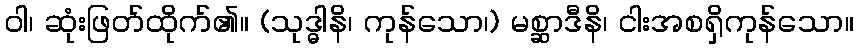
ဝါ၊ ဆုံးဖြတ်ထိုက်၏။ (သုဒ္ဓါနိ၊ ကုန်သော၊) မစ္ဆာဒီနိ၊ ငါးအစရှိကုန်သော။